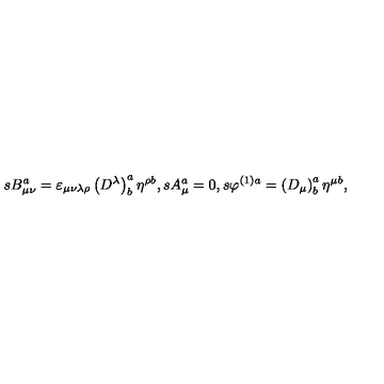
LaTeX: s B _ { \mu \nu } ^ { a } = \varepsilon _ { \mu \nu \lambda \rho } \left( D ^ { \lambda } \right) _ { b } ^ { a } \eta ^ { \rho b } , s A _ { \mu } ^ { a } = 0 , s \varphi ^ { ( 1 ) a } = \left( D _ { \mu } \right) _ { b } ^ { a } \eta ^ { \mu b } ,